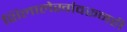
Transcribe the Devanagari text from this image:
शिलालेखांवरूनही